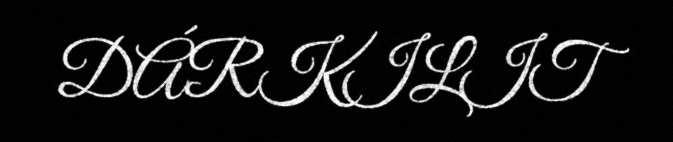
DÁRKILIT